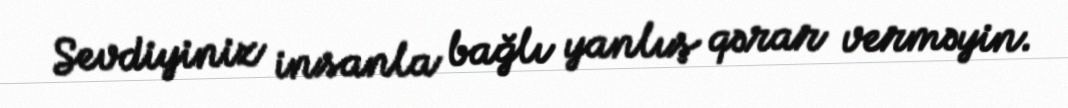
Sevdiyiniz insanla bağlı yanlış qərar verməyin.